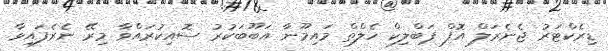
ޑިރެކްޓަރު ޖެނެރަލް އޮފް ޕަބްލިކް ހެލްތް މައިމޫނާ އަބޫބަކުރު ސޮއިކުރައްވާ މިރޭ ނެރެފައިވާ